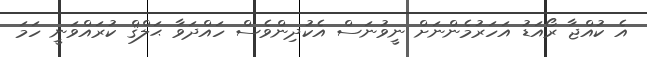
އެ ކުއްޖާ ރޯއަޑު އަހަރުމެންނަށް ނީވުނަސް އެކުދިންވެސް ހައްދަވާ ޙަލްޤް ކުރައްވަނީ ހަމަ